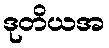
ဒုတိယအ